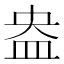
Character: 盎